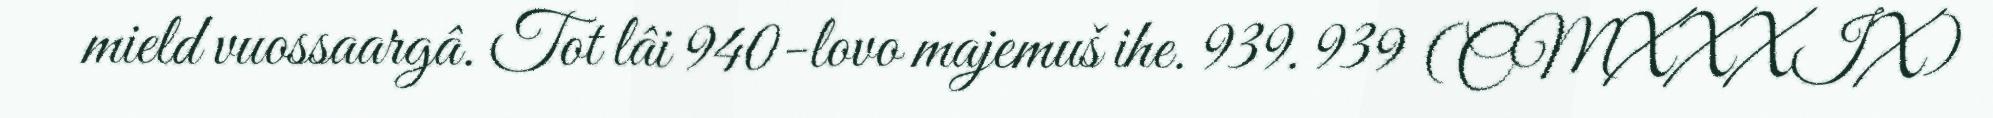
mield vuossaargâ. Tot lâi 940-lovo majemuš ihe. 939. 939 (CMXXXIX)